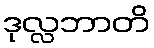
ဒုလ္လဘာတိ